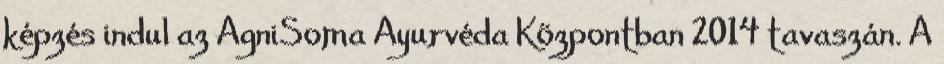
képzés indul az AgniSoma Ayurvéda Központban 2014 tavaszán. A